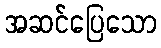
အဆင်ပြေသော